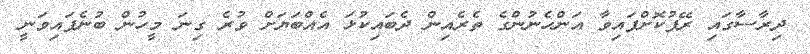
ދިރާސާގައި ރޭޕުކޮށްފައިވާ އަންހެނުންގެ ތެރެއިން ދެބައިކުޅަ އެއްބަޔަށް ވުރެ ގިނަ މީހުން ބުނެފައިވަނީ